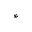
^ *